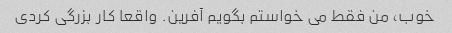
خوب، من فقط می خواستم بگویم آفرین. واقعا کار بزرگی کردی